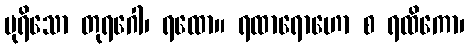
ပုရိသော တုရဂေါ၊ ရထော။ ရထာရောဟော စ ရထိကော၊